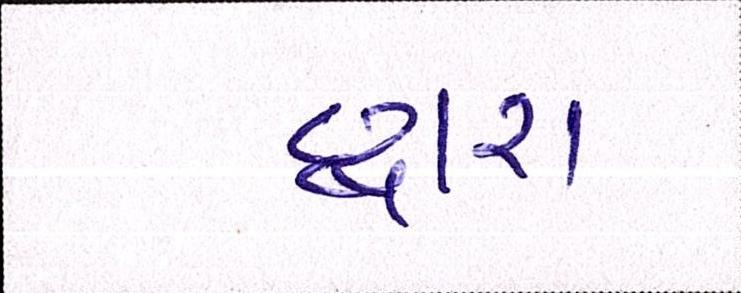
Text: દ્ધારા